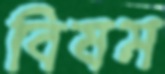
বিষম